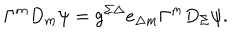
\Gamma ^ { m } D _ { m } \psi = g ^ { \Sigma \Delta } e _ { \Delta m } \Gamma ^ { m } D _ { \Sigma } \psi .